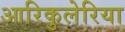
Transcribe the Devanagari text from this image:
आरिकुलेरिया